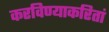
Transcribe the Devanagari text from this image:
करविण्याकरितां